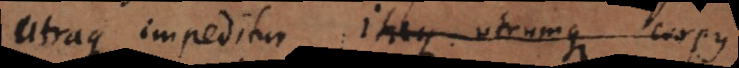
utraque impeditur. Itaque utrumque corpus